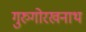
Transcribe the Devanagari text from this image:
गुरुगोरखनाथ